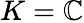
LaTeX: K=\mathbb{C}